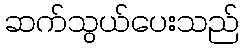
ဆက်သွယ်ပေးသည်